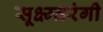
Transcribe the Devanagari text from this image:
सूक्ष्म्तरंगी